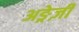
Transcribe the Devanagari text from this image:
अङ्रेज़ी